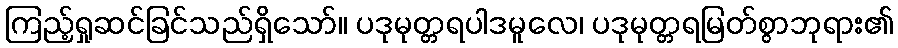
ကြည့်ရှုဆင်ခြင်သည်ရှိသော်။ ပဒုမုတ္တရပါဒမူလေ၊ ပဒုမုတ္တရမြတ်စွာဘုရား၏